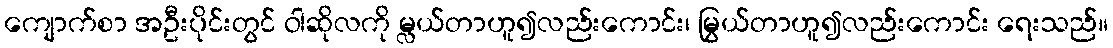
ကျောက်စာ အဦးပိုင်းတွင် ဝါဆိုလကို မ္လယ်တာဟူ၍လည်းကောင်း၊ မြွယ်တာဟူ၍လည်းကောင်း ရေးသည်။